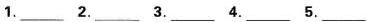
1.___ 2.___ 3.___ 4.___ 5. ___